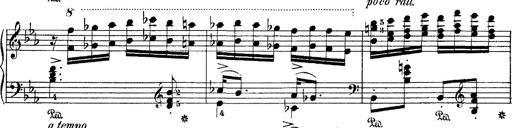
Title: Hungarian Rhapsody No.4
Composer: Franz Liszt
Key: E-flat major